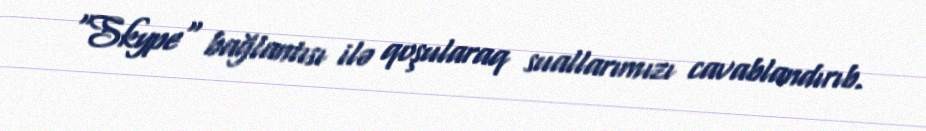
"Skype" bağlantısı ilə qoşularaq suallarımızı cavablandırıb.